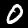
Digit: 0